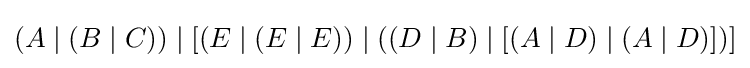
(A\mid (B\mid C))\mid [(E\mid (E\mid E))\mid ((D\mid B)\mid [(A\mid D)\mid (A\mid D)])]